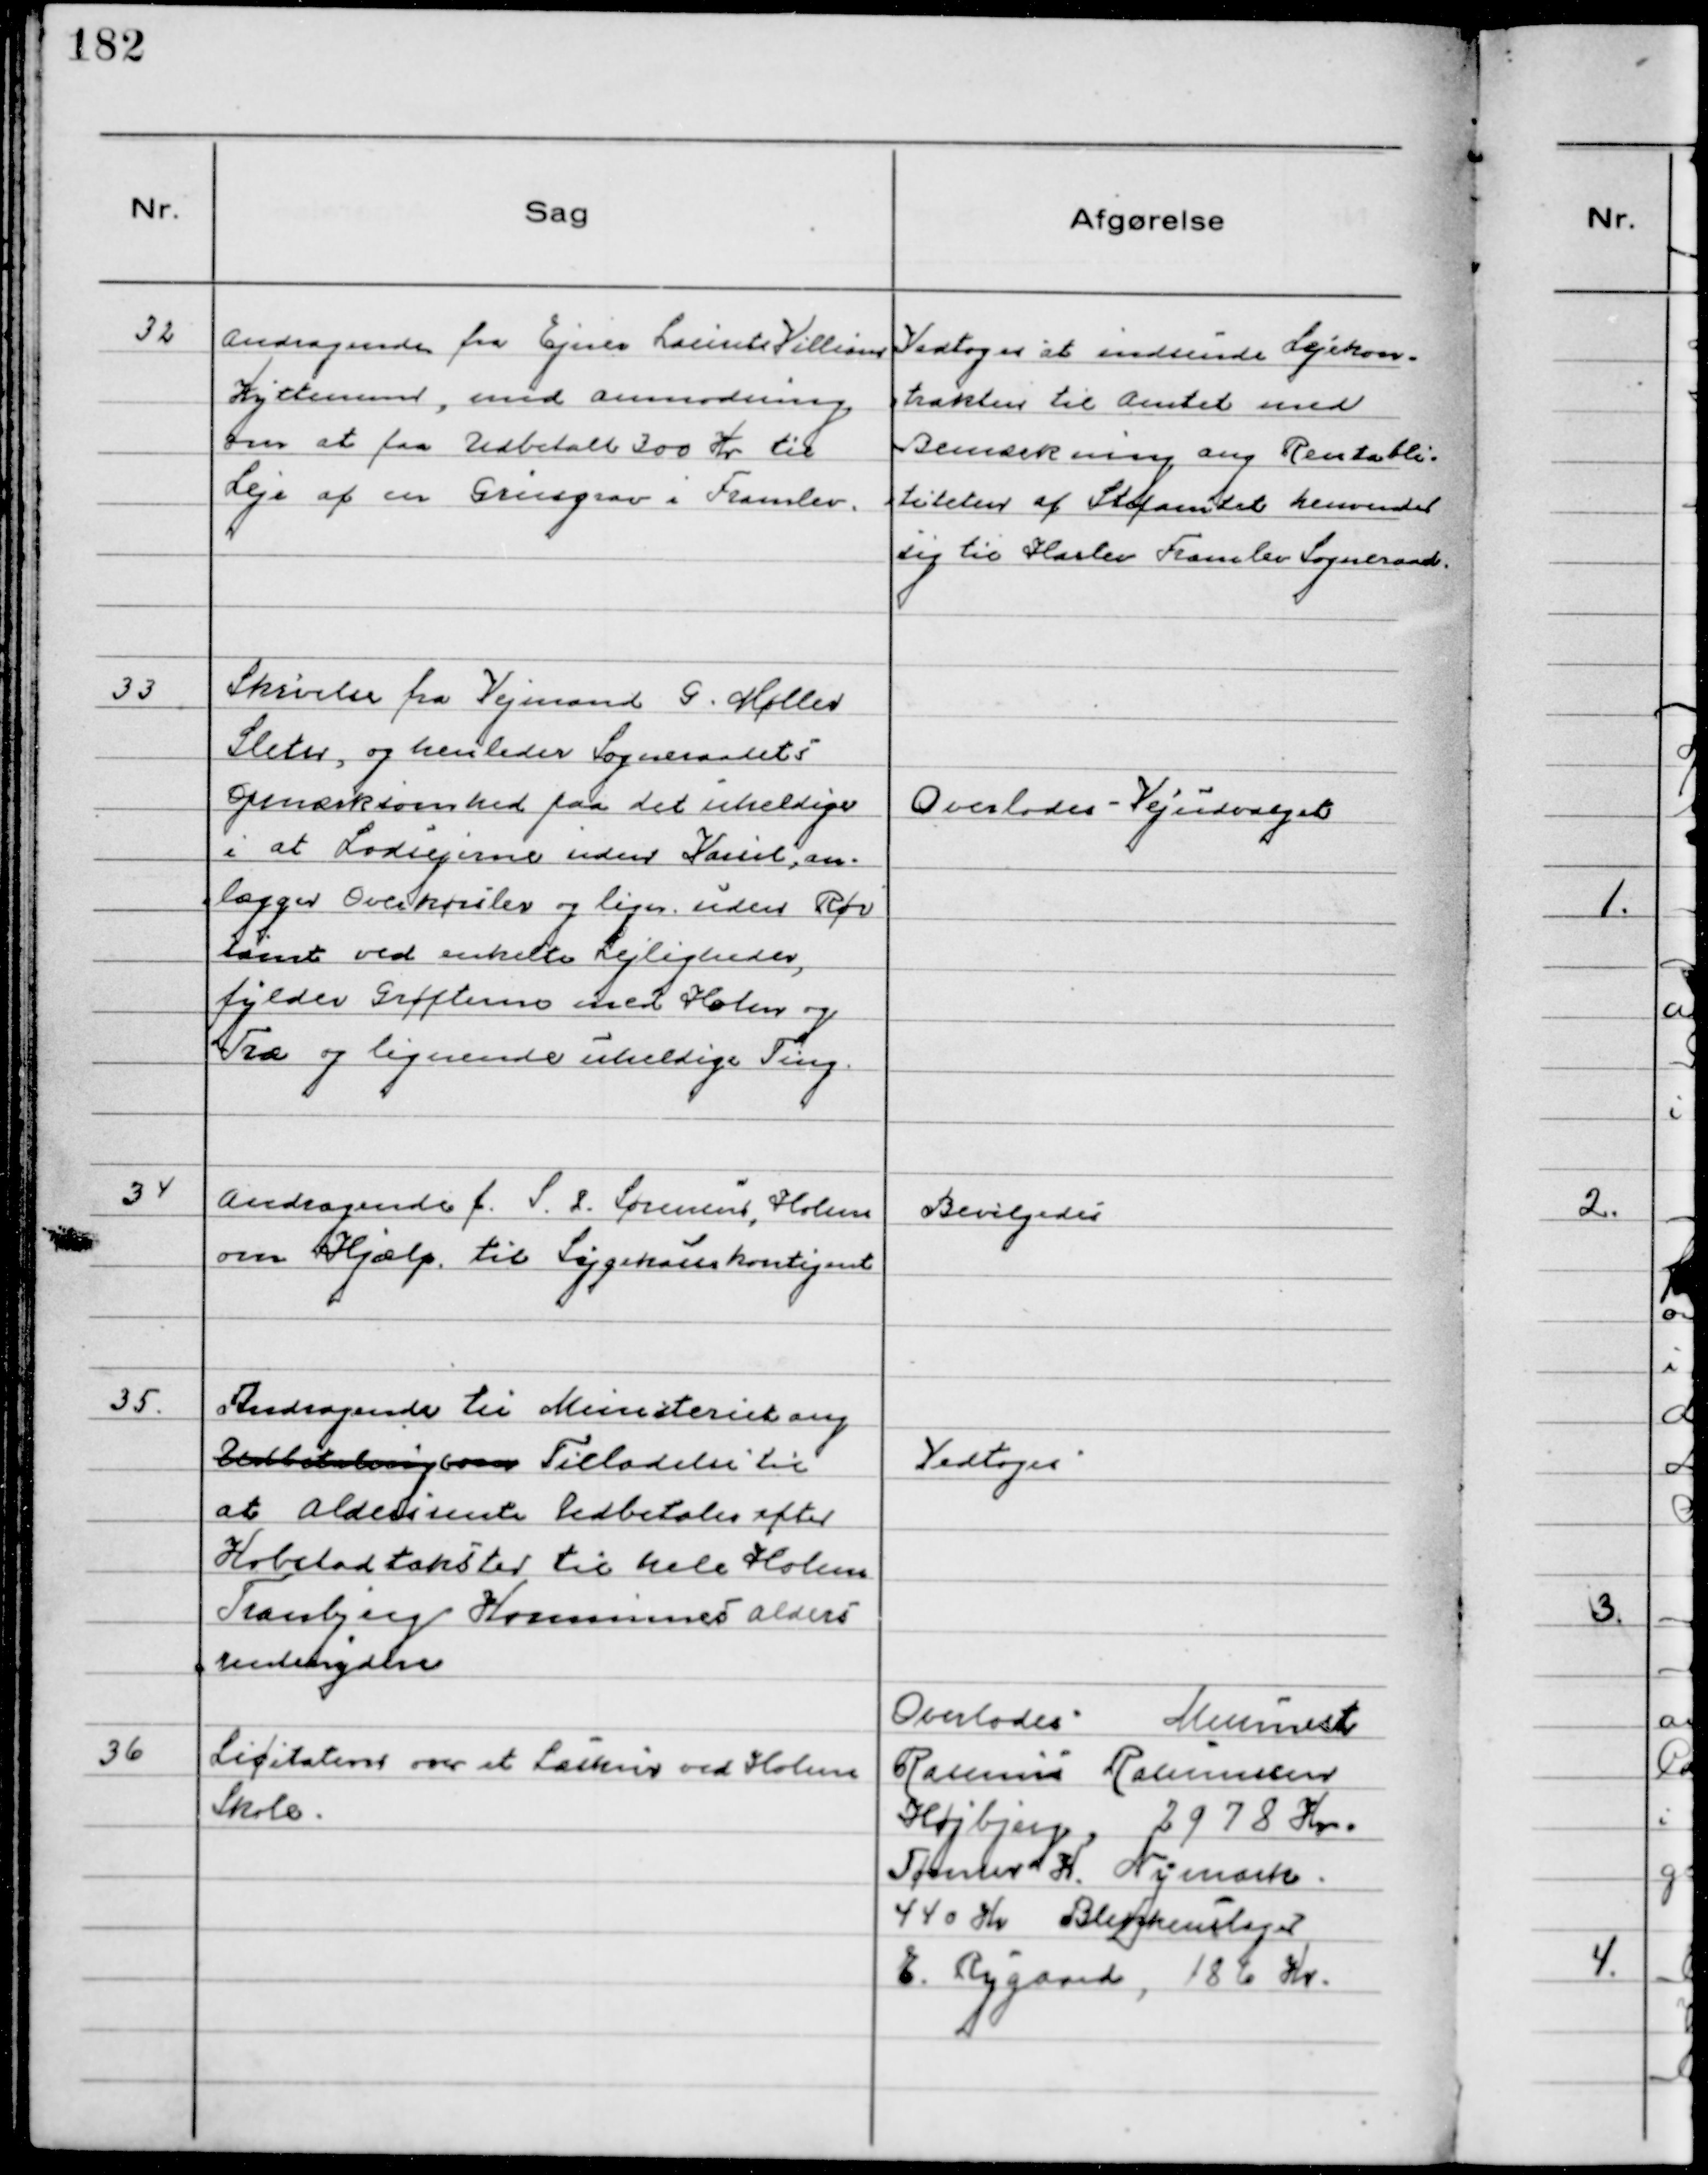
Transskription:
32
Andragende fra Ejner Laurits Villiam
Kytteman, med anmodning 
om at faa Udbetalt 300 Kr til
Leje af en Grusgrav i Framlev.

Vedtoges at indsende Lejekon-
trakten til Amtet med
Bemærkning ang Rentabli-
titeten af Stifamtet henvender
sig til Harlev Framlev Sogneraad

33
Skrivelse fra Vejmand G. Møller
Sleth, og henleder Sogneraadets
Opmærksomhed paa det uheldige
i at Lodsejerne uden Varsel, an-
lægger Overkørsler og lign. uden Rør
samt ved enkelte Lejligheder,
fylder Grøfterne med Halm og
Træ og lignende uheldige Ting.

Overlodes Vejudvalget

34
Andragende f. S. L. Sørensen, Holme
om Hjælp til Sygekassekontigent

Bevilgedes

35
Andragende til Ministeriet ang
Udbetaling som Tilladelse til
at Aldersrente Udbetales efter
Hobetal takster til hele Holme
Tranbjerg Kommunes Alders
rentenydere

Vedtoges

36
Licitation over et Læskur ved Holme
Skole.

Overlodes Murmester
Rasmus Rasmussen
Højbjerg, 2978 Kr.
Tømrer H. Nymark.
440 Kr Blikkenslager
E. Rygaard, 186 Kr.